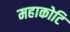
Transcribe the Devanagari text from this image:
महाकोटि